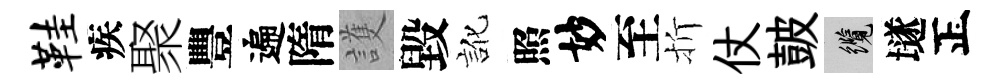
鞋疾聚豐遍隋護毀訛照妙至折仗皷纜𡑞正